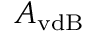
A _ { \mathrm { v d B } }